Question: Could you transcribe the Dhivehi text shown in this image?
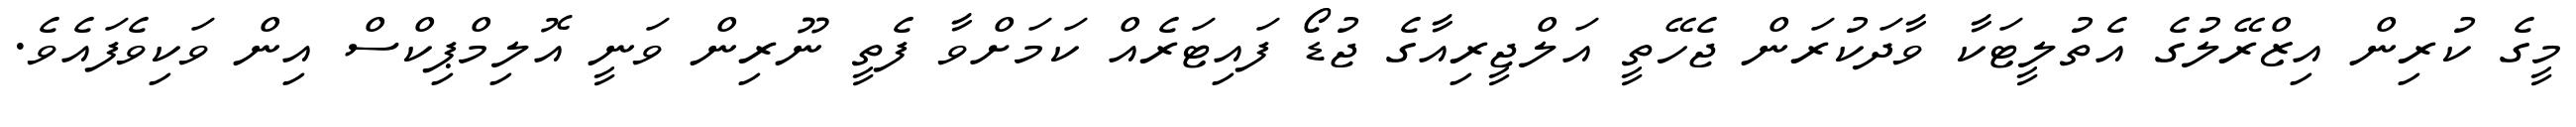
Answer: މީގެ ކުރިން އިޒްރޭލުގެ އެތުލީޓަކާ ވާދަކުރަން ޖެހޭތީ އަލްޖީރިއާގެ ޖުޑޯ ފައިޓަރެއް ކަމަށްވާ ފެތީ ނޫރިން ވަނީ އޮލިމްޕިކްސް އިން ވަކިވެފައެވެ.